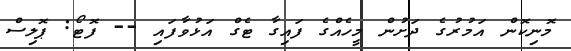
މޮނިކޮން އަމުރުގެ ދަށުން މީހެއްގެ ފައިގާ ޓެގް އަޅުވާފައި -- ފޮޓޯ: ޕޮލިސް